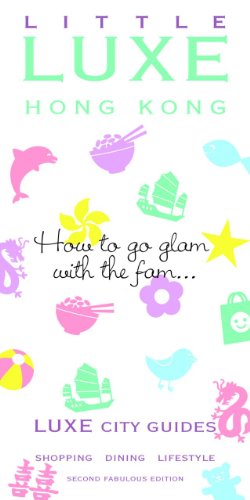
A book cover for LITTLE LUXE Hong Kong (LUXE City Guides); LUXE City Guides; Travel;